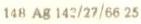
148 Ag 142/27/66 25